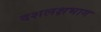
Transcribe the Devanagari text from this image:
दशलक्षभाग